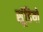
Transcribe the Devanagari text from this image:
सूंडियों